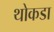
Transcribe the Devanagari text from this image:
थोकडा